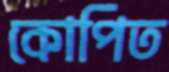
কোপিত